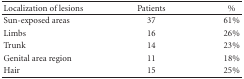
<table><thead><tr><td><b>Localization of lesions</b></td><td><b>Patients</b></td><td><b>%</b></td></tr></thead><tbody><tr><td>Sun-exposed areas</td><td>37</td><td>61%</td></tr><tr><td>Limbs</td><td>16</td><td>26%</td></tr><tr><td>Trunk</td><td>14</td><td>23%</td></tr><tr><td>Genital area region</td><td>11</td><td>18%</td></tr><tr><td>Hair</td><td>15</td><td>25%</td></tr></tbody></table>